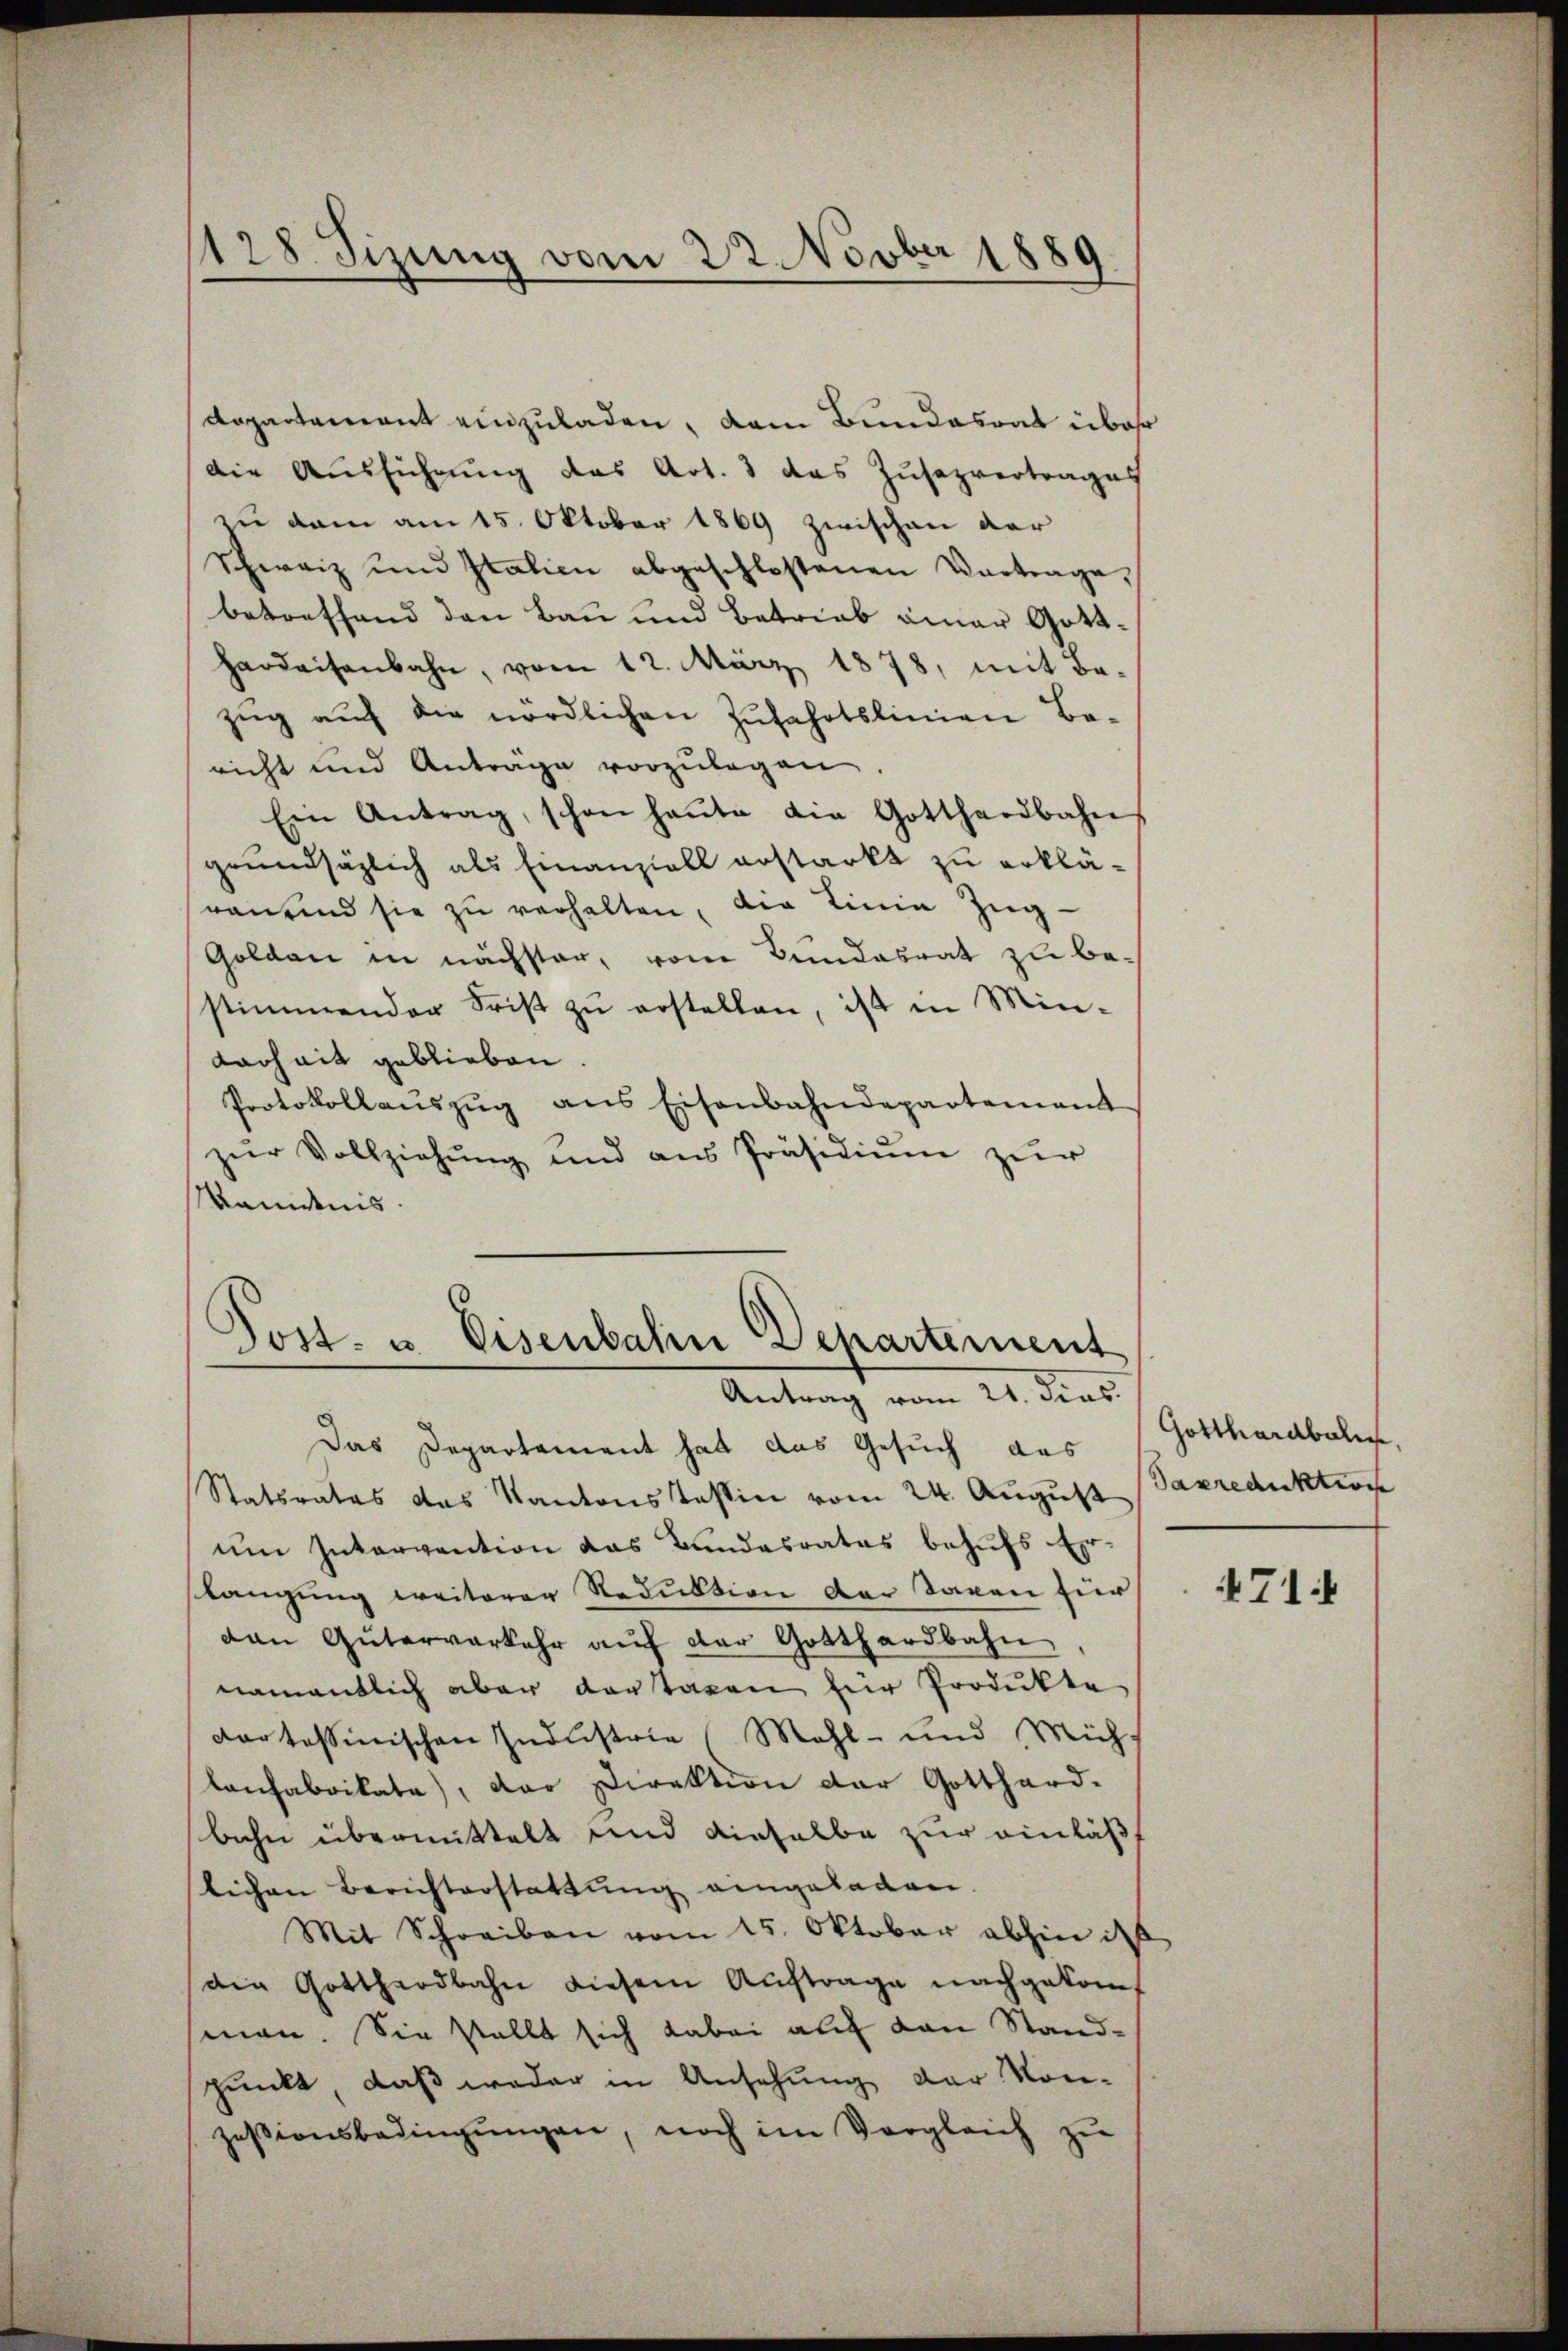
128 Sizung vom 22. Novber 1889

Repartement einzuladen, dem Bundesrat über
Die Ausführung das Art. 3 das Zusazvertrages
zu dem am 15. Oktober 1869 zwischen der
Schweiz und Italien abgeschlossenen Vortrage,
betreffend den Bau und Betrieb einer Gott¬
Hardaisenbahn, vom 12. März 1878, mit Be-
zug auf die nördlichen Zufahrtslinien Be-
richt und Antrage vorzŭlegen.
Ein Antrag, schon heŭte die Gotthardbahn
grundsätzlich als Finanziell anstarkt zu erklärauend sie zŭ verhalten, die Linie Zug-
Goldau in nächster, vom Bundesrat zu bestimmender Frist zŭ erstellen, ist in Min-
Larheit geblieben.
Protokollaŭszŭg ans Eisenbahndepartement
zŭr Vollziehŭng und ans Präsidiŭm zŭr
Randnis.

Jost- u. Eisenbahn Departement
Antrag vom 21. dies

Das Departement hat das Gesuch das
Statsrates des Kantonsstessin vom 24. August
um Intervention das Bundesrates behufs Erslangung weiterer Reduktion der Taxen für
van Güterverkehr aŭf der Gotthardbahn
namentlich aber dortaxen für Produkte
dar tessinischen Industrie (Mahl- und Müh-
lanfabrikate), der Direktion der Gotthard-
bahn übermittelt und dieselbe zur einläß
lichen Berichterstattŭng eingeladen.
Mit Schreiben vom 15. Oktober abhin is
die Gotthardbahn diesem Auftrage nachgekom
man. Sie stellt sich dabei auf den Standpunkt, daß weder in Ansehung der Kon-
zesionsbedingŭngen, noch im Vergleich zu

Gotthardbahng
Tabreduktion

471.